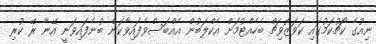
ނިއުގެ ކޯޗުކަމުގައި ކަވަޒޮވިޗް ބެހެއްޓުމަށް އެކްލަބުން އެއްބަސްވެފައިވާކަން ބުނެފައިވަނީ އޭނާ ރޭ ކުރި